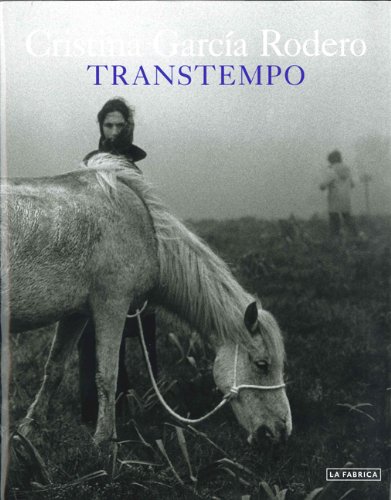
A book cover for Cristina GarcÃ­a Rodero: Transtempo; Manuel Rivas; Arts & Photography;